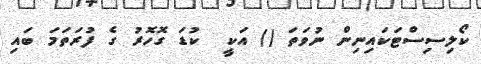
ކޯލިސިސްޓަކައިނިން ނުވަތަ () އަކީ  ކުޑަ ގޮހޮރު ގެ ފުރަތަމަ ބައި